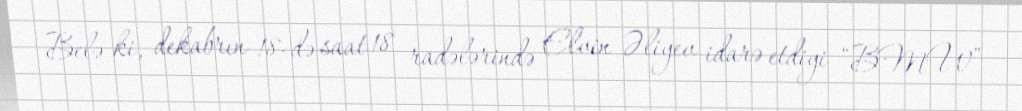
Belə ki, dekabrın 18-də saat 18 radələrində Elvin Əliyev idarə etdiyi “BMW”